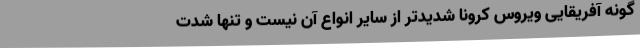
گونه آفریقایی ویروس کرونا شدیدتر از سایر انواع آن نیست و تنها شدت